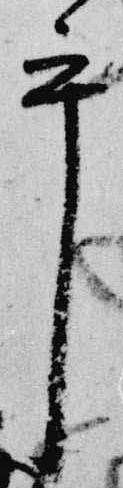
乎